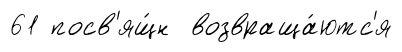
61 посв'ящ́н возвраща́ютс'я